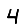
Digit: 4